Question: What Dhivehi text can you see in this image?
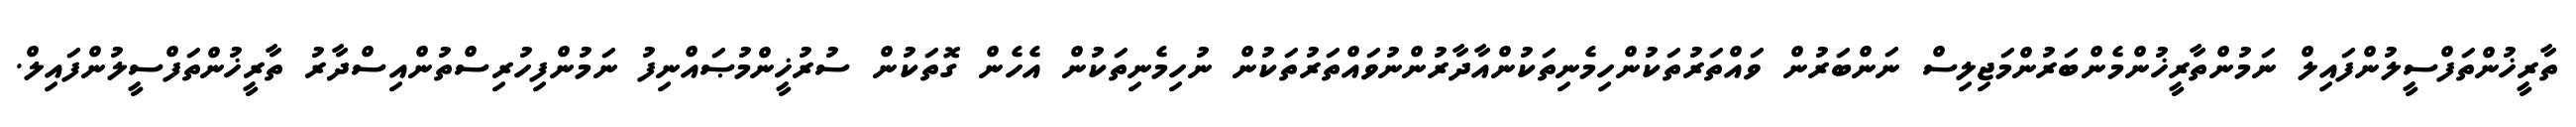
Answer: ތާރީޚުންތަފްސީލުންފައިލް ނަމުންތާރީޚުންމެންބަރުންމަޖިލިސް ނަންބަރުން ވައްތަރުތަކުންހިމެނިތަކުންއާދާރުންނުވައްތަރުތަކުން ނުހިމެނިތަކުން އެހެން ގޮތަކުން ސުރުޚީންމުޞައްނިފު ނަމުންފިހުރިސްތުންއިސްދާރު ތާރީޚުންތަފްސީލުންފައިލް.